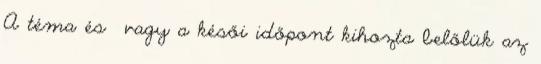
A téma és vagy a késői időpont kihozta belőlük az